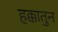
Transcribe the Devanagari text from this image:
हक्कातुन